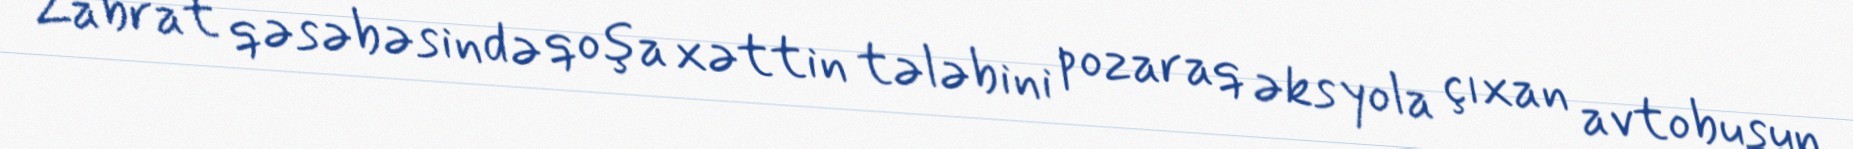
Zabrat qəsəbəsində qoşa xəttin tələbini pozaraq əks yola çıxan avtobusun